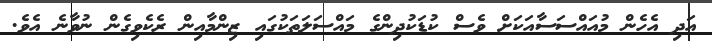
އަދި އެހެން މުއައްސަސާއަކަށް ވެސް ކުޑަކުދިންގެ މައްސަލަތަކުގައި ޒިންމާއިން ރެކެވިގެން ނުވާނެ އެވެ.